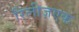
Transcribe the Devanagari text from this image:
रिलीज़एक